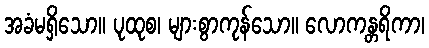
အခံမရှိသော။ ပုထုစ၊ များစွာကုန်သော။ လောကန္တရိကာ၊